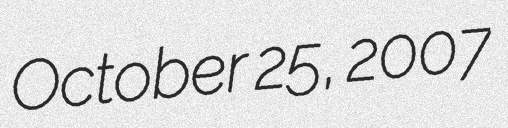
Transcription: October 25, 2007